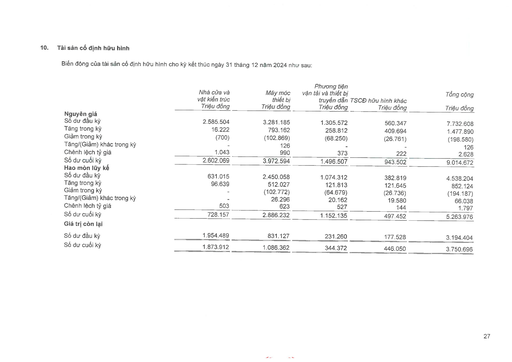
||Nhà cửa và vật kiến trúc Triệu đồng|Máy móc thiết bị Triệu đồng|Phương tiện vận tải và thiết bị truyền dẫn Triệu đồng|TSCĐ hữu hình khác Triệu đồng|Tổng cộng Triệu đồng| |---|---|---|---|---|---| |Nguyên giá|||||| |Số dư đầu kỳ|2.585.504|3.281.185|1.305.572|560.347|7.732.608| |Tăng trong kỳ|16.222|793.162|258.812|409.694|1.477.890| |Giảm trong kỳ|(700)|(102.869)|(68.250)|(26.761)|(198.580)| |Tăng/(Giảm) khác trong kỳ|-|126|-|-|126| |Chênh lệch tỷ giá|1.043|990|373|222|2.628| |Số dư cuối kỳ|2.602.069|3.972.594|1.496.507|943.502|9.014.672| |Hao mòn lũy kế|||||| |Số dư đầu kỳ|631.015|2.450.058|1.074.312|382.819|4.538.204| |Tăng trong kỳ|96.639|512.027|121.813|121.645|852.124| |Giảm trong kỳ|-|(102.772)|(64.679)|(26.736)|(194.187)| |Tăng/(Giảm) khác trong kỳ|-|26.296|20.162|19.580|66.038| |Chênh lệch tỷ giá|503|623|527|144|1.797| |Số dư cuối kỳ|728.157|2.886.232|1.152.135|497.452|5.263.976| |Giá trị còn lại|||||| |Số dư đầu kỳ|1.954.489|831.127|231.260|177.528|3.194.404| |Số dư cuối kỳ|1.873.912|1.086.362|344.372|446.050|3.750.696|